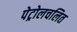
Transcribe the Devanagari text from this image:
पेट्रोलचलित